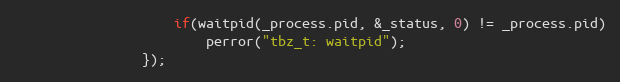
Language: C++
					if(waitpid(_process.pid, &_status, 0) != _process.pid)
						perror("tbz_t: waitpid");
				});